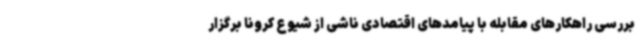
بررسی راهکارهای مقابله با پیامدهای اقتصادی ناشی از شیوع کرونا برگزار